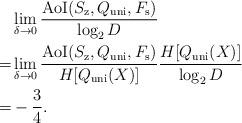
LaTeX: \begin{align*}&\lim_{\delta \to 0}\frac{{\rm AoI}(S_{\mathrm{z}},Q_{\mathrm{uni}},F_\mathrm{s})}{\log_2 D} \\=&\lim_{\delta \to 0}\frac{{\rm AoI}(S_{\mathrm{z}},Q_{\mathrm{uni}},F_\mathrm{s})}{H[Q_{\mathrm{uni}}(X)]}\frac{H[Q_{\mathrm{uni}}(X)]}{\log_2 D} \\=&-\frac{3}{4}.\end{align*}